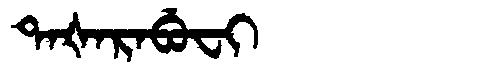
Manchu: ᡨᠠᡧᠠᡵᠠᠪᡠᠸᡳ
Romanization: TAŠARABUFI